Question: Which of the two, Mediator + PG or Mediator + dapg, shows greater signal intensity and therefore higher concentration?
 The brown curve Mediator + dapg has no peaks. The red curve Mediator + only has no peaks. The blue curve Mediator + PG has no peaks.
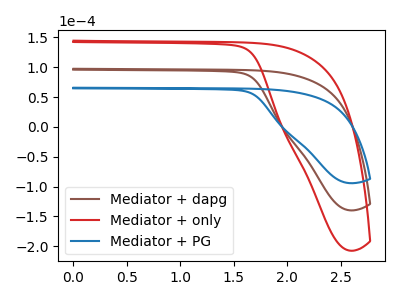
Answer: <think>Neither "Mediator + PG" or "Mediator + dapg" have any peaks.
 </think>
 <answer>I cant tell if "Mediator + PG" or "Mediator + dapg" has higher concentration.</answer>
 <eval>mixed_concentration</eval>